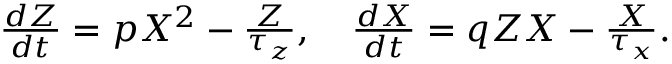
\begin{array} { r } { \frac { d Z } { d t } = p X ^ { 2 } - \frac { Z } { \tau _ { z } } , ~ ~ ~ \frac { d X } { d t } = q Z X - \frac { X } { \tau _ { x } } . } \end{array}